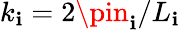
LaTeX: k_{\mathbf{i}}=2\pin_{\mathbf{i}}/L_{\mathbf{i}}